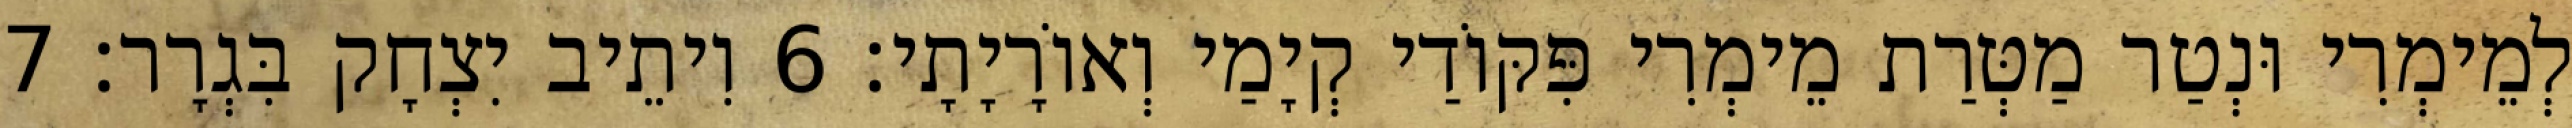
לְמֵימְרִי וּנְטַר מַטְּרַת מֵימְרִי פִּקּוֹדַי קְיָמַי וְאוֹרָיָתָי׃ 6 וִיתֵיב יִצְחָק בִּגְרָר׃ 7